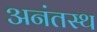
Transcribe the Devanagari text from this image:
अनंतस्थ